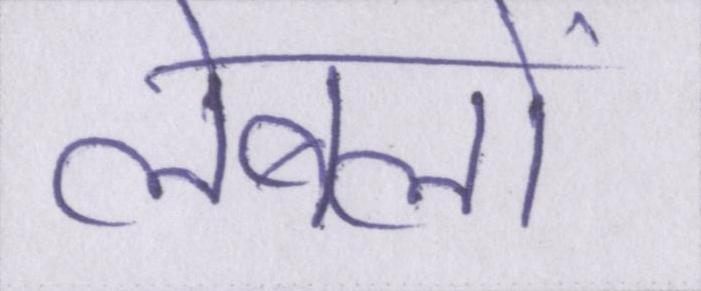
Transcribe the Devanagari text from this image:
लेबलों